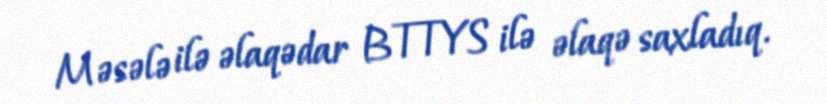
Məsələ ilə əlaqədar BTTYS ilə əlaqə saxladıq.